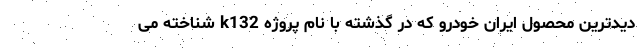
دیدترین محصول ایران خودرو که در گذشته با نام پروژه k132 شناخته می